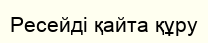
Ресейді қайта құру